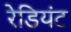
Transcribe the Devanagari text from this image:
रेडियंट